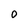
Character: 0